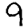
Digit: 9